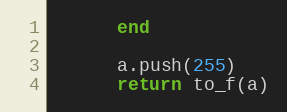
Language: Ruby
      end

      a.push(255)
      return to_f(a)